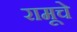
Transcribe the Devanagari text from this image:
रामूचे